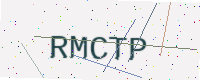
Text: RMCTP